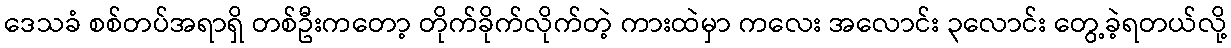
ဒေသခံ စစ်တပ်အရာရှိ တစ်ဦးကတော့ တိုက်ခိုက်လိုက်တဲ့ ကားထဲမှာ ကလေး အလောင်း ၃လောင်း တွေ့ခဲ့ရတယ်လို့